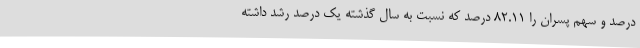
درصد و سهم پسران را 82.11 درصد که نسبت به سال گذشته یک درصد رشد داشته